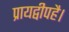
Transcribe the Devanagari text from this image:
प्रायद्वीपहै।